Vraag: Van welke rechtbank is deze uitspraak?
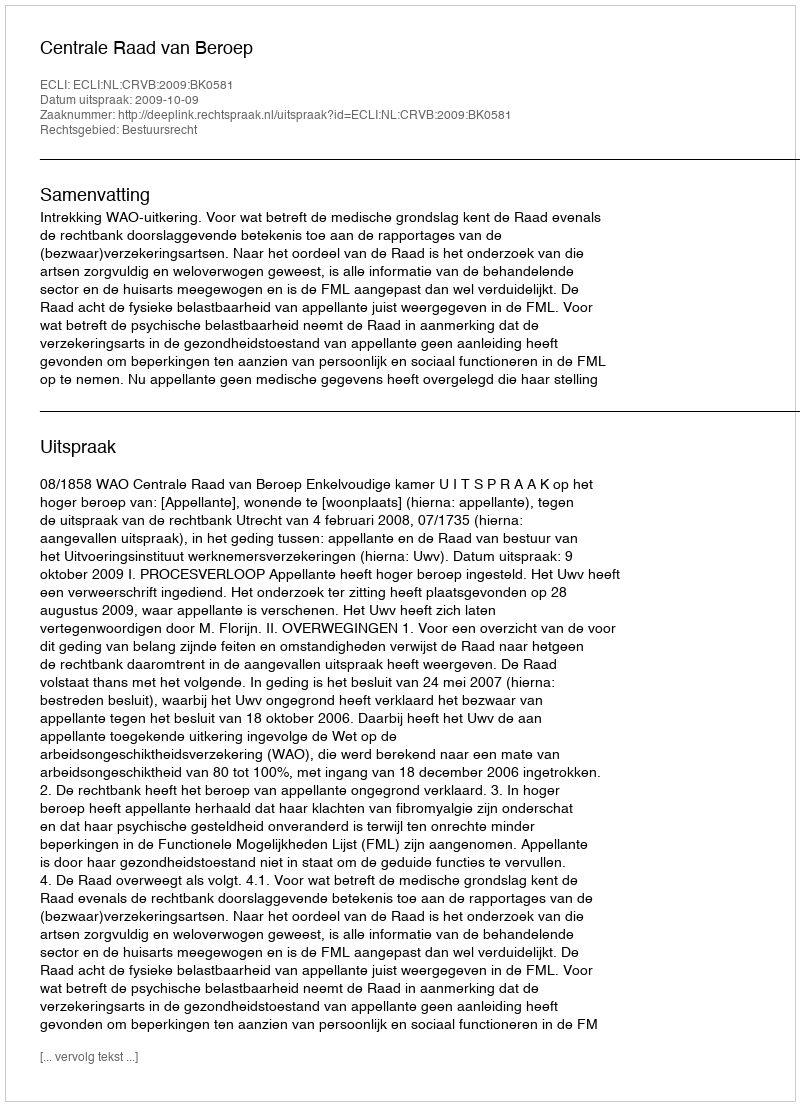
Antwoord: Centrale Raad van Beroep